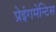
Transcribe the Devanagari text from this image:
प्रेइंगमेन्टिस